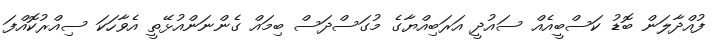
ފުއްދާލަން ބޮޑު ކަސްބީއެއް ސައުދީ އަރަބިއްޔާގެ މުގަސްދަސް ބިމައް ގެންނަންއުޅޭތީ އެވާހަކަ ސިއްރުކޮއްފަ